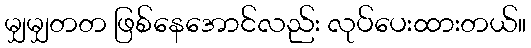
မျှမျှတတ ဖြစ်နေအောင်လည်း လုပ်ပေးထားတယ်။